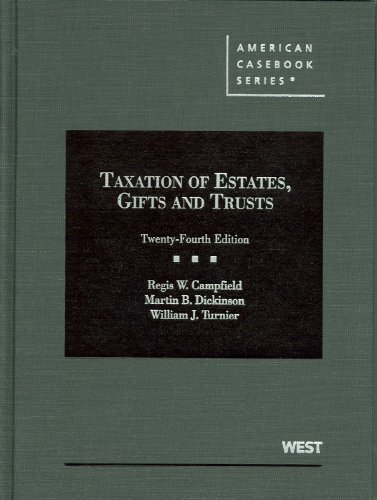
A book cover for Taxation of Estates, Gifts and Trusts (American Casebook Series); Regis Campfield; Law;